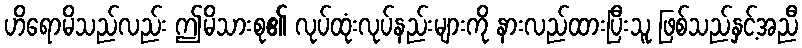
ဟိရောမိသည်လည်း ဤမိသားစု၏ လုပ်ထုံးလုပ်နည်းများကို နားလည်ထားပြီးသူ ဖြစ်သည်နှင့်အညီ